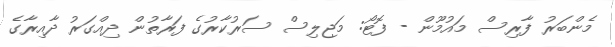
މެންބަރު ފާރިސް މައުމޫން - ފޮޓޯ: މަޖިލިސް ސަރުކާރުގެ ފަރާތުން ދިއްގަރު ދާއިރާގެ